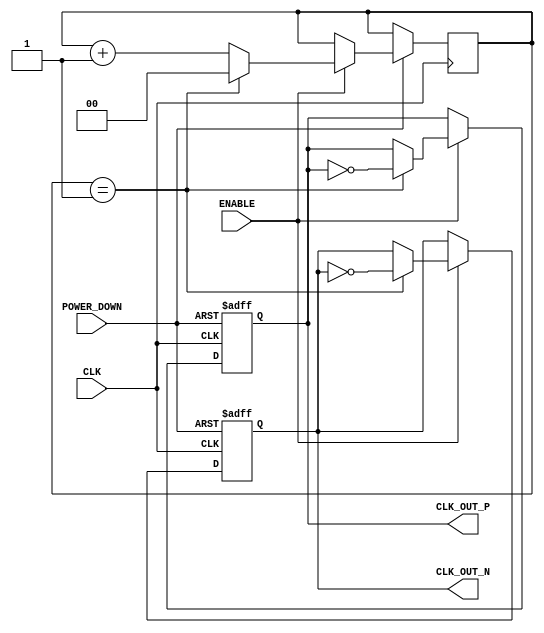
module DifferentialClockBuffer (
    input wire CLK,          // Single-ended clock input
    input wire ENABLE,       // Enable signal for the buffer
    input wire POWER_DOWN,   // Power down signal
    output reg CLK_OUT_P,    // Differential clock output positive
    output reg CLK_OUT_N     // Differential clock output negative
);

    // Parameters for clock generation
    parameter integer CLOCK_DIVIDE = 2; // Divide factor for generating output clock
    reg [1:0] clk_div_counter; // Counter for clock division

    // Initial state
    initial begin
        CLK_OUT_P = 0;
        CLK_OUT_N = 1; // Start with opposite phase
        clk_div_counter = 0;
    end

    // Clock generation logic
    always @(posedge CLK or negedge POWER_DOWN) begin
        if (!POWER_DOWN) begin
            // If power down is active, keep outputs low
            CLK_OUT_P <= 0;
            CLK_OUT_N <= 1;
        end else if (ENABLE) begin
            // Increment the clock divide counter
            clk_div_counter <= clk_div_counter + 1;

            // Generate differential clock outputs
            if (clk_div_counter == CLOCK_DIVIDE - 1) begin
                CLK_OUT_P <= ~CLK_OUT_P; // Toggle positive output
                CLK_OUT_N <= ~CLK_OUT_N; // Toggle negative output
                clk_div_counter <= 0; // Reset counter
            end
        end else begin
            // If not enabled, keep outputs stable
            CLK_OUT_P <= CLK_OUT_P;
            CLK_OUT_N <= CLK_OUT_N;
        end
    end

endmodule